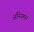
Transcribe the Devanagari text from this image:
अनियमन